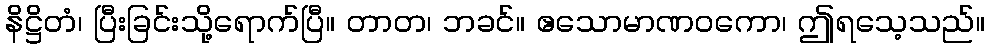
နိဋ္ဌိတံ၊ ပြီးခြင်းသို့ရောက်ပြီ။ တာတ၊ ဘခင်။ ဧသောမာဏဝကော၊ ဤရသေ့သည်။